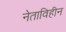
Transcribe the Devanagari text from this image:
नेताविहीन